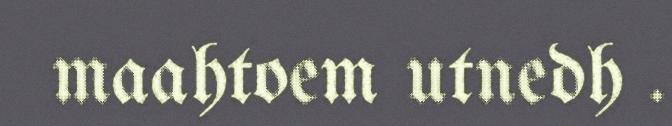
maahtoem utnedh .